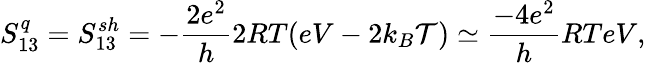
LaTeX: {S_{13}^{q}=S_{13}^{sh}=-\frac{2e^{2}}{h}2RT(eV-2k_{B}\mathcal{T})\simeq\frac{-4e^{2}}{h}RTeV,}